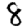
Digit: 8